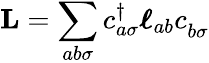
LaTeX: \mathbf{L}=\sum_{ab\sigma}c_{a\sigma}^{\dagger}\boldsymbol{\ell}_{ab}c_{b\sigma}^{\phantom{\dagger}}